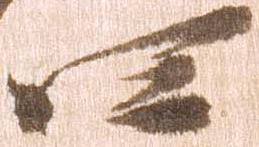
四